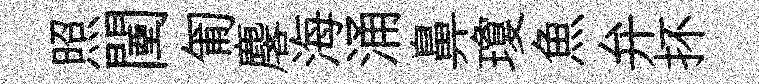
照闉匍麐海涌鼻瓊魚弁抔